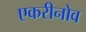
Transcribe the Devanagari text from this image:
एकरीनोव